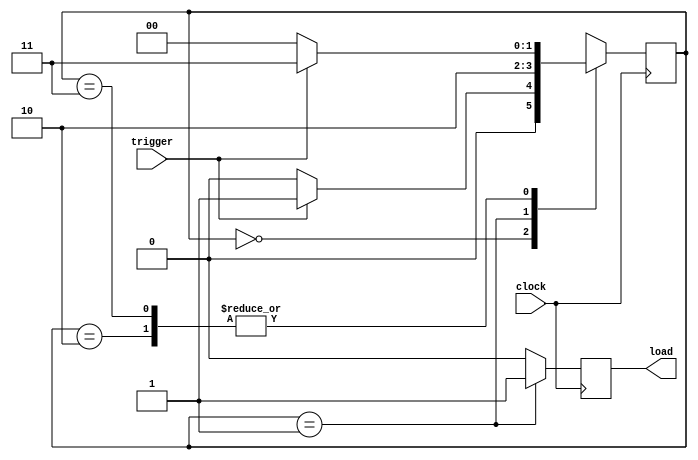
module pluse_gen_extra_delay (clock,trigger,load);
	
	input clock;
	input trigger;

	output load;
	
	reg [1:0] state;
	reg load;
	

	
	always@ (posedge clock)begin
		load<=1'b0;
		
		case(state)
		
		2'b0:		if (trigger==1'b0)
						state <= 2'b00;
					
					else 
						state <= 2'b01;
						
		2'b01:		begin
							state <= 2'b10;
							load<=1'b1;
					end
					
		2'b10: 	if(trigger==1'b0)
						state<=2'b00;
	 
				
					else 
						state <=2'b11;
			
		2'b11:	if (trigger==1'b0)
						state <=2'b00;
				
					else 
						state <=2'b11;
			
		endcase
	end
endmodule